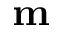
\mathbf { m }